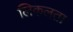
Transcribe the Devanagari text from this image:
लिकलता